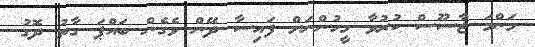
މަންމަ ޖާސޫސް ކުރުވާ މީހުންނަށް ފައިސާ ދޭން ވެގެން ބައްޕަ ގާތު ދޮގު